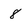
Character: 8